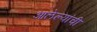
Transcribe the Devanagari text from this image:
आलेल्यांची